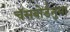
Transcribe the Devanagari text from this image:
चॅसबोर्डनुमा